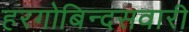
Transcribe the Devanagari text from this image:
हरगोबिन्दसवारी